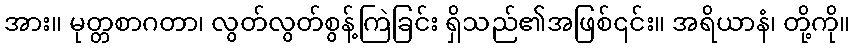
အား။ မုတ္တစာဂတာ၊ လွတ်လွတ်စွန့်ကြဲခြင်း ရှိသည်၏အဖြစ်၎င်း။ အရိယာနံ၊ တို့ကို။